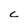
Character: c